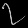
Digit: ၇